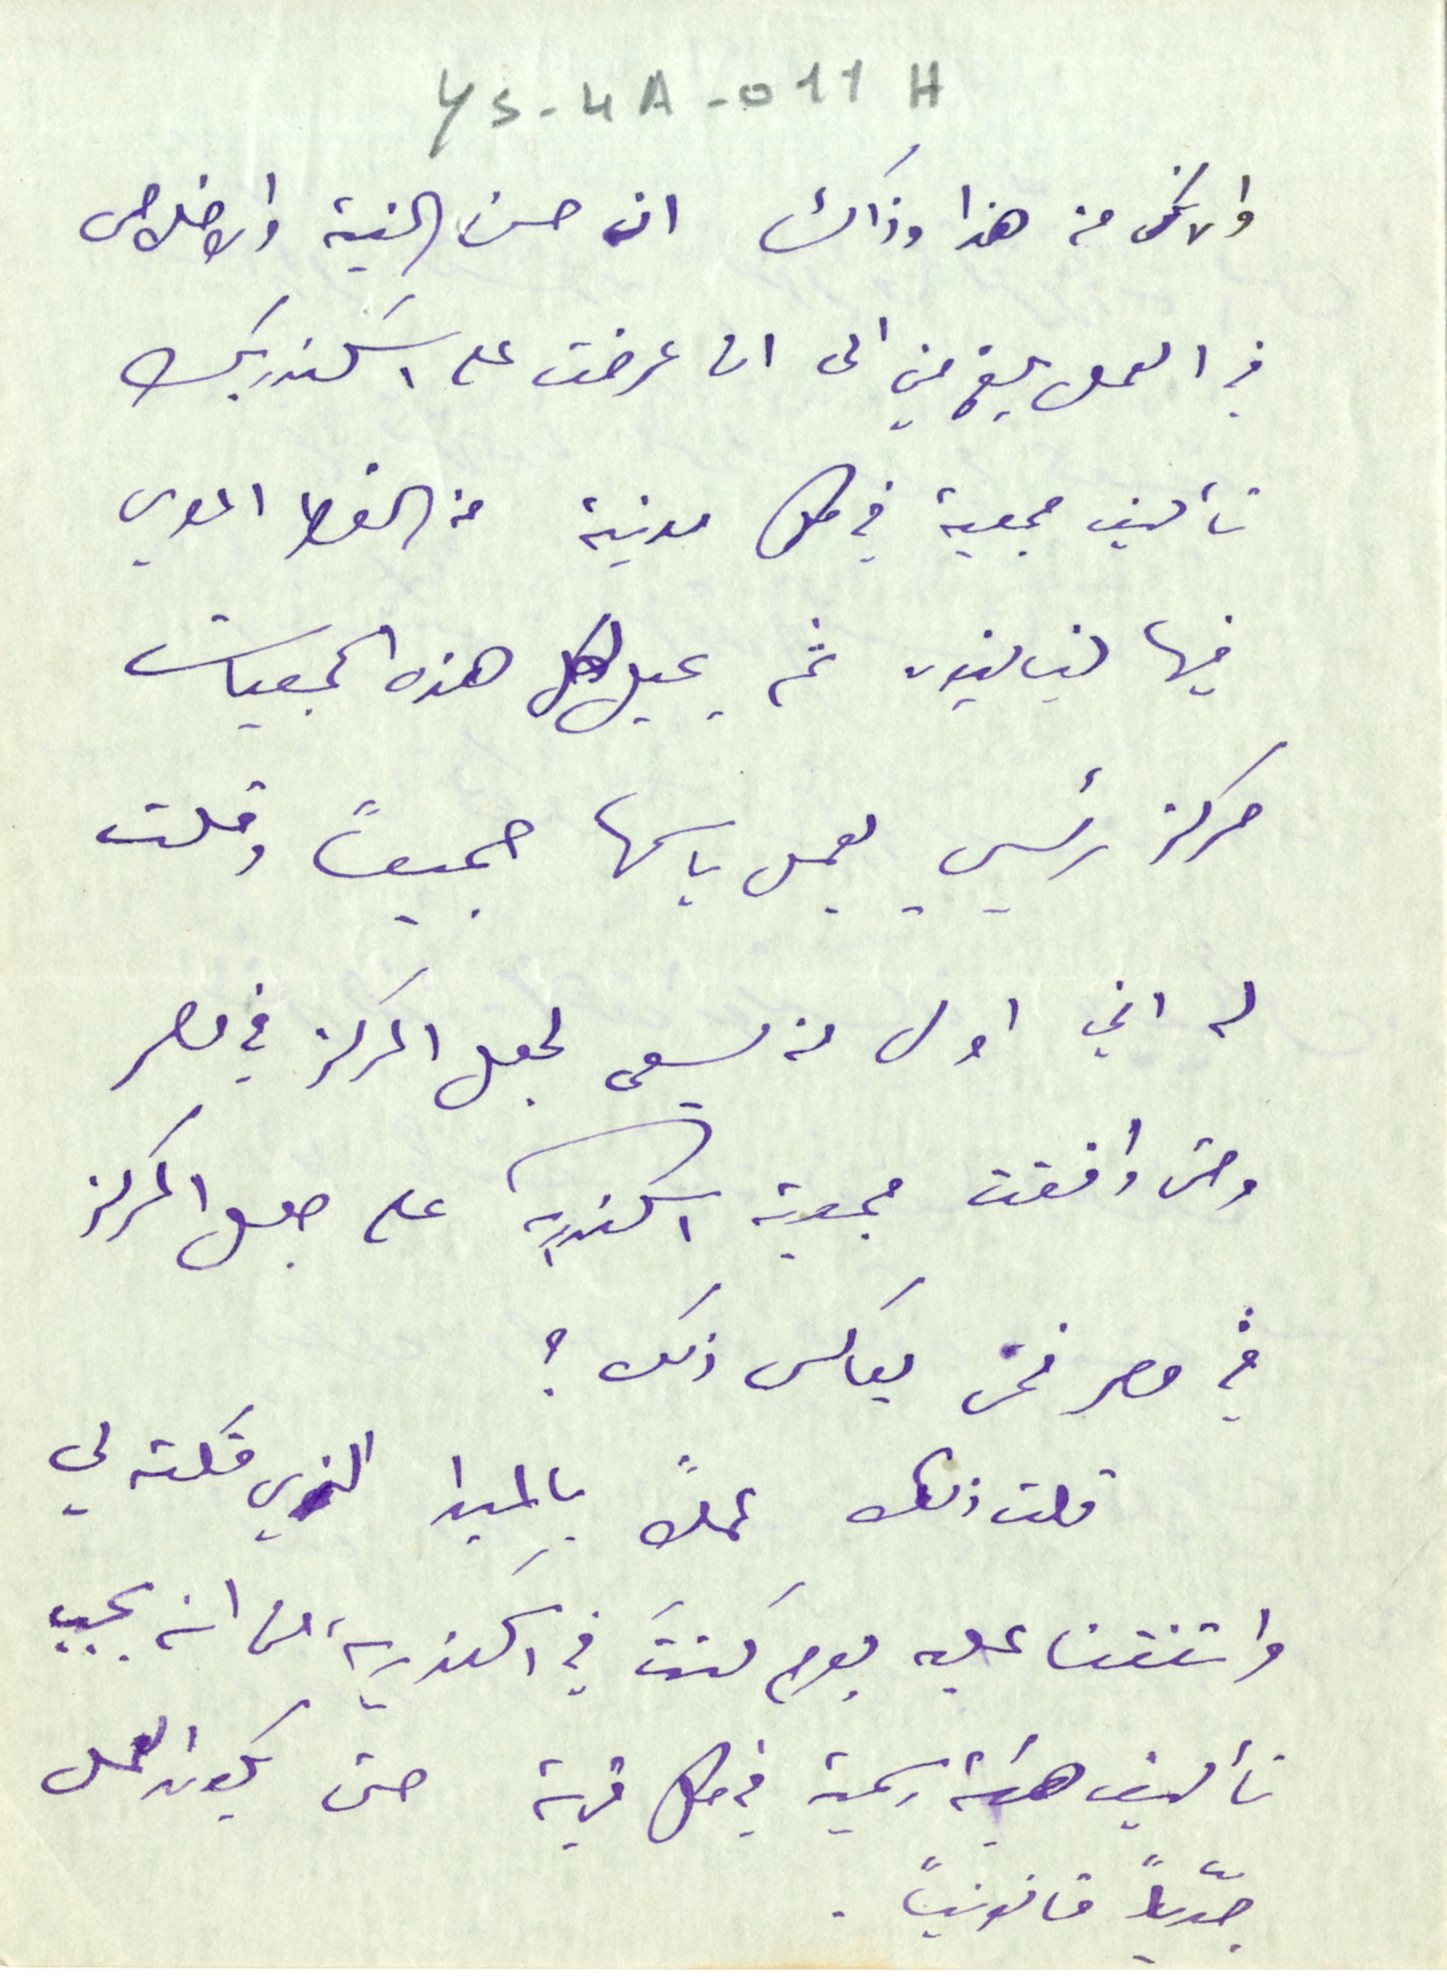
YS-4A-011H
والانكى من هذا وذاك ان حسن النية والاخلاص
في العمل بلغ مني الى ان عرضت على اسكندر بك
تأليف جمعية في كل مدينة من القطر المصري
فيها لبنانيون ثم يجعل لكل هذه الجمعيات
مركز رئيسي يعمل باسمها جميعاً وقلت
له اني اول من يسعى لجعل المركز في مصر
ومتى وافقت جمعية اسكندرية على جعل المركز
في مصر فمن يعاكس ذلك ؟
قلت ذلك عملاً بالمبدا الذي قلته لي
واتفقنا عليه يومَ كنتَ في اسكندرية من انه يجب
تأليف هيئة رسمية في كل قرية حتى يكون العمل
جدّياً قانونياً.